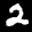
Label: 2